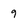
Character: 9